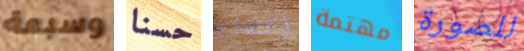
وسبعة حسنا أكتشاف مهتمة للصورة